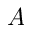
A